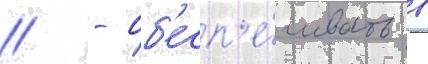
// - об'есп'е́чивать в